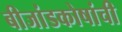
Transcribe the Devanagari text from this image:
बीजांडकोषांची